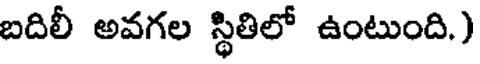
బదిలీ అవగల స్థితిలో ఉంటుంది.)